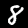
Label: 8